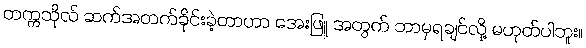
တက္ကသိုလ် ဆက်အတက်ခိုင်းခဲ့တာဟာ အေးဖြူ အတွက် ဘာမှရချင်လို့ မဟုတ်ပါဘူး။